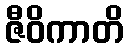
ဇီဝိကာတိ